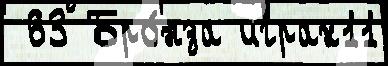
 63 Бро́нза играх11